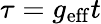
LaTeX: \tau=g_{\mathrm{eff}}t